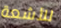
للأشعة